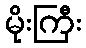
မိုးကြီး